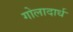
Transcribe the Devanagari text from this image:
गोलादार्ध